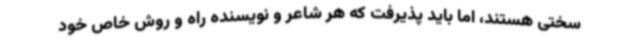
سختی هستند، اما باید پذیرفت که هر شاعر و نویسنده راه و روش خاص خود